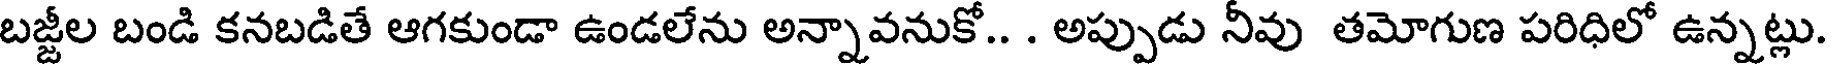
బజ్జీల బండి కనబడితే ఆగకుండా ఉండలేను అన్నావనుకో.. . అప్పుడు నీవు తమోగుణ పరిధిలో ఉన్నట్లు.